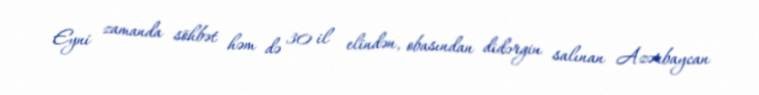
Eyni zamanda söhbət həm də 30 il elindən, obasından didərgin salınan Azərbaycan